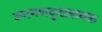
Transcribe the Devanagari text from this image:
जनगणदुःखत्रायक